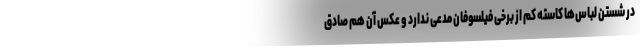
در شستن لباس‌ها کاسته کم از برخی فیلسوفان مدعی ندارد و عکس آن هم صادق